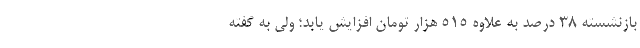
بازنشسته ۳۸ درصد به علاوه ۵۱۵ هزار تومان افزایش یابد؛ ولی به گفته